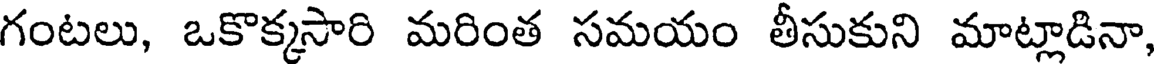
గంటలు, ఒకొక్కసారి మరింత సమయం తీసుకుని మాట్లాడినా,